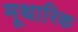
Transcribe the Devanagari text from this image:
मूथारिक